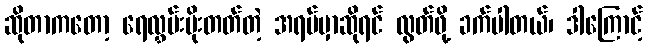
ဆိုတာကတော့ ရေလွှမ်းမိုးတတ်တဲ့ အရပ်မှာဆိုရင် လွတ်ဖို့ ခက်ပါတယ်၊ ဒါကြောင့်